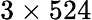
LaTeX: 3\times 524